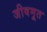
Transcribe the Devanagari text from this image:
जीवमूत